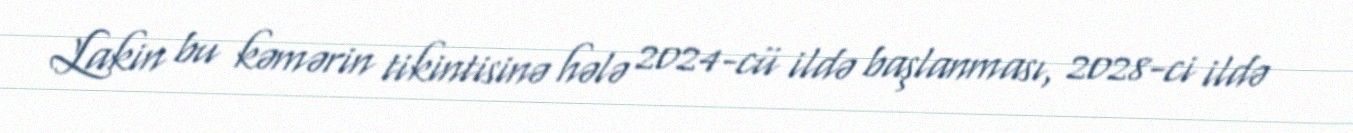
Lakin bu kəmərin tikintisinə hələ 2024-cü ildə başlanması, 2028-ci ildə